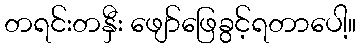
တရင်းတနှီး ဖျော်ဖြေခွင့်ရတာပေါ့။